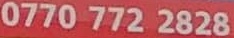
0770 772 2828